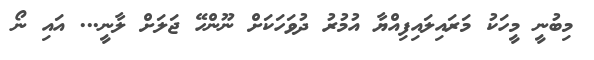
މިބުނީ މީހަކު މަރައިލައިފިއްޔާ އުމުރު ދުވަހަކަށް ނޫންހޭ ޖަލަށް ލާނީ... އައިި ނޯ